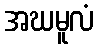
အဃမူလံ